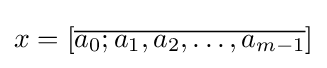
x=[{\overline {a_{0};a_{1},a_{2},\dots ,a_{m-1}}}]